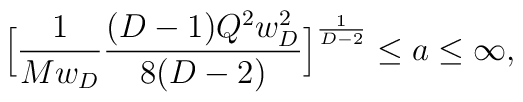
\Big[{1\over Mw_D}{(D-1)Q^2w_D^2\over{8(D-2)}}\Big]^{1\over {D -2}} \le a \le\infty,